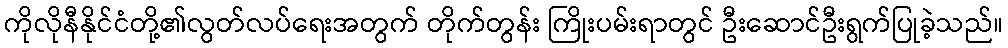
ကိုလိုနီနိုင်ငံတို့၏လွတ်လပ်ရေးအတွက် တိုက်တွန်း ကြိုးပမ်းရာတွင် ဦးဆောင်ဦးရွက်ပြုခဲ့သည်။